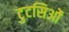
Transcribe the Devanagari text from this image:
टुटसिओं